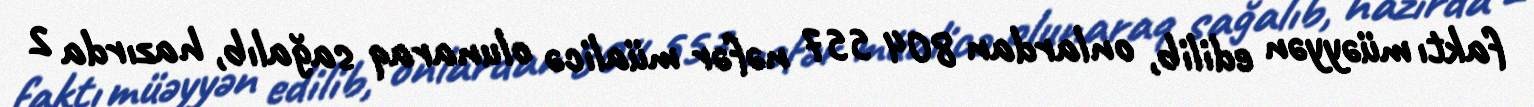
faktı müəyyən edilib, onlardan 804 557 nəfər müalicə olunaraq sağalıb, hazırda 2